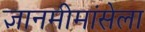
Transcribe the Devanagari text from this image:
ज्ञानमीमांसेला